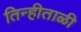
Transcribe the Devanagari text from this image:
तिन्हीताळी